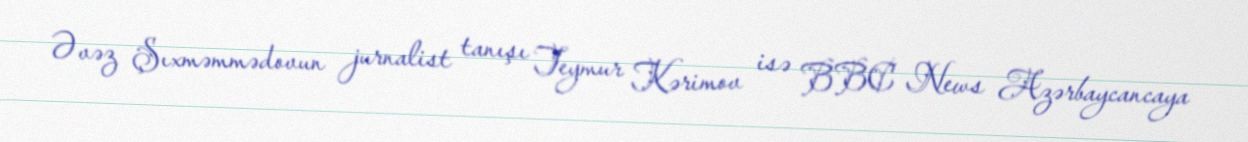
Əvəz Şıxməmmədovun jurnalist tanışı Teymur Kərimov isə BBC News Azərbaycancaya